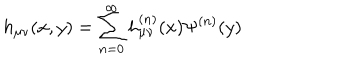
LaTeX: h _ { \mu \nu } ( x , y ) = \sum _ { n = 0 } ^ { \infty } h _ { \mu \nu } ^ { ( n ) } ( x ) \Psi ^ { ( n ) } ( y )